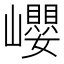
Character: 巊